Annual statistical returns and brief notes on vaccination in Bengal - 1887-1898
Year: 1887
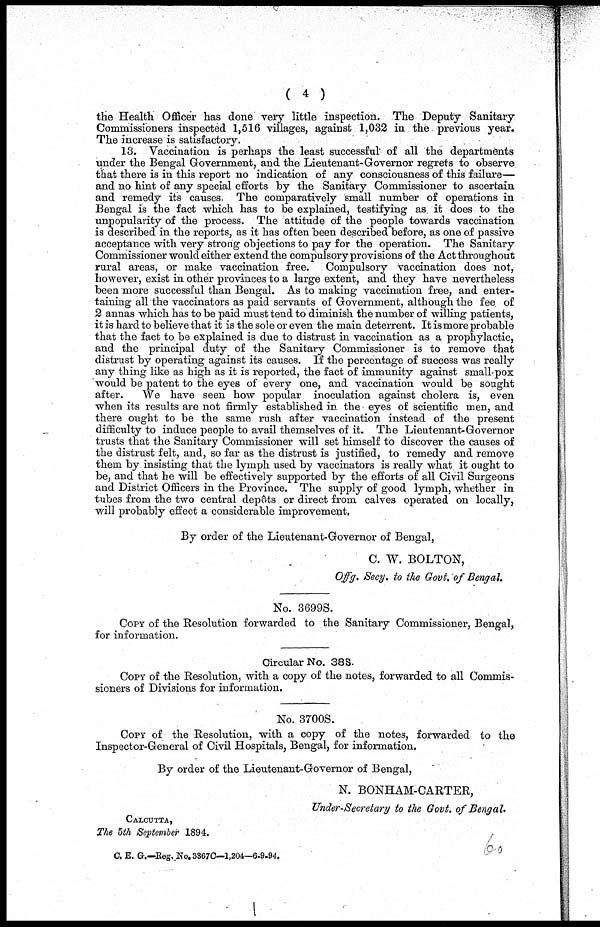
( 4 )
the Health Officer has done very little inspection. The Deputy Sanitary
Commissioners inspected 1,516 villages, against 1,032 in the previous year.
The increase is satisfactory.
13. Vaccination is perhaps the least successful of all the departments
under the Bengal Government, and the Lieutenant-Governor regrets to observe
that there is in this report no indication of any consciousness of this failure—
and no hint of any special efforts by the Sanitary Commissioner to ascertain
and remedy its causes. The comparatively small number of operations in
Bengal is the fact which has to be explained, testifying as it does to the
unpopularity of the process. The attitude of the people towards vaccination
is described in the reports, as it has often been described before, as one of passive
acceptance with very strong objections to pay for the operation. The Sanitary
Commissioner would either extend the compulsory provisions of the Act throughout
rural areas, or make vaccination free. Compulsory vaccination does not,
however, exist in other provinces to a large extent, and they have nevertheless
been more successful than Bengal. As to making vaccination free, and enter-
taining all the vaccinators as paid servants of Government, although the fee of
2 annas which has to be paid must tend to diminish the number of willing patients,
it is hard to believe that it is the sole or even the main deterrent. It is more probable
that the fact to be explained is due to distrust in vaccination as a prophylactic,
and the principal duty of the Sanitary Commissioner is to remove that
distrust by operating against its causes. If the percentage of success was really
any thing like as high as it is reported, the fact of immunity against small-pox
would be patent to the eyes of every one, and vaccination would be sought
after.
We have seen how popular inoculation against cholera is, even
when its results are not firmly established in the eyes of scientific men, and
there ought to be the same rush after vaccination instead of the present
difficulty to induce people to avail themselves of it. The Lieutenant-Governor
trusts that the Sanitary Commissioner will set himself to discover the causes of
the distrust felt, and, so far as the distrust is justified, to remedy and remove
them by insisting that the lymph used by vaccinators is really what it ought to
be, and that he will be effectively supported by the efforts of all Civil Surgeons
and District Officers in the Province. The supply of good lymph, whether in
tubes from the two central depôts or direct from calves operated on locally,
will probably effect a considerable improvement,
By order of the Lieutenant-Governor of Bengal,
C. W. BOLTON,
Offg. Secy. to the Govt. of Bengal.
No. 3699S.
COPY of the Resolution forwarded to the Sanitary Commissioner, Bengal,
for information.
Circular No. 38S.
COPY of the Resolution, with a copy of the notes, forwarded to all Commis-
sioners of Divisions for information.
No. 3700S.
COPY of the Resolution, with a copy of the notes, forwarded to the
Inspector-General of Civil Hospitals, Bengal, for information.
By order of the Lieutenant-Governor of Bengal,
N. BONHAM-CARTER,
Under-Secretary to the Govt. of Bengal.
CALCUTTA,
The 5th September 1894.
C. E. G.—Reg.No. 3367C—1,204—6-9-94.